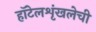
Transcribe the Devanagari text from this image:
हॉटेलशृंखलेची